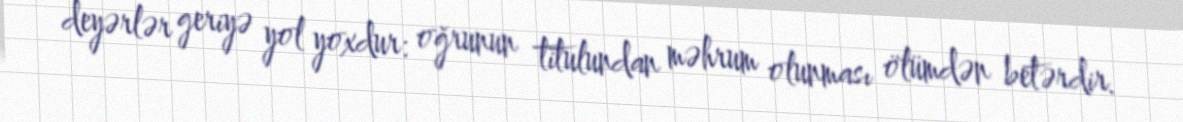
deyərlər geriyə yol yoxdur: oğrunun titulundan məhrum olunması ölümdən betərdir.